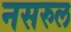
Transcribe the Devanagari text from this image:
नसरुल